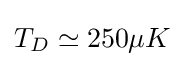
{\textstyle T_{D}\simeq 250\mu K}